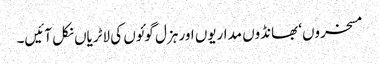
مسخروں‘ بھانڈوں مداریوں اور ہزل گوئوں کی لاٹریاں نکل آئیں۔